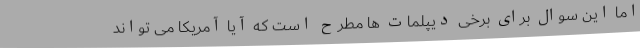
اما این سوال برای برخی دیپلمات ها مطرح است که آیا آمریکا می تواند